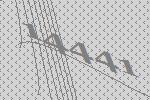
14441